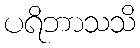
ပရိဘာသသိ